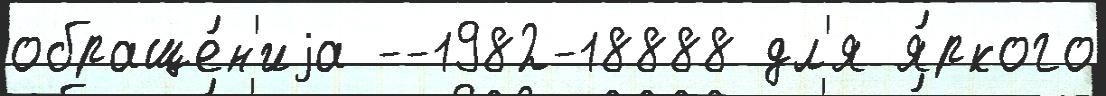
обраще́н'иjа --1982-18888 дл'я я́ркого